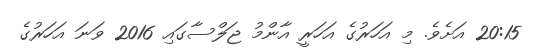
20:15 އަށެވެ. މި އަހަރުގެ އަހަރީ އާންމު ޖަލްސާގައި 2016 ވަނަ އަހަރުގެ